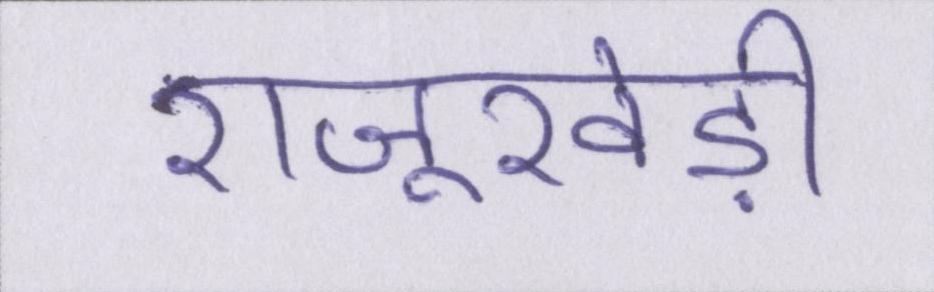
राजूखेड़ी